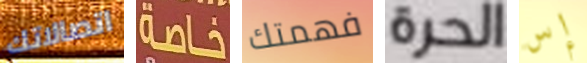
اتصالاتك خاصة فهمتك الحرة إس